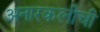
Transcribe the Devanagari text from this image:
अनारकलीची